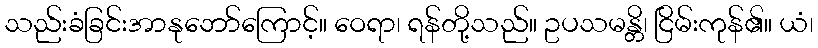
သည်းခံခြင်းအာနုဘော်ကြောင့်။ ဝေရာ၊ ရန်တို့သည်။ ဥပသမန္တိ၊ ငြိမ်းကုန်၏။ ယံ၊